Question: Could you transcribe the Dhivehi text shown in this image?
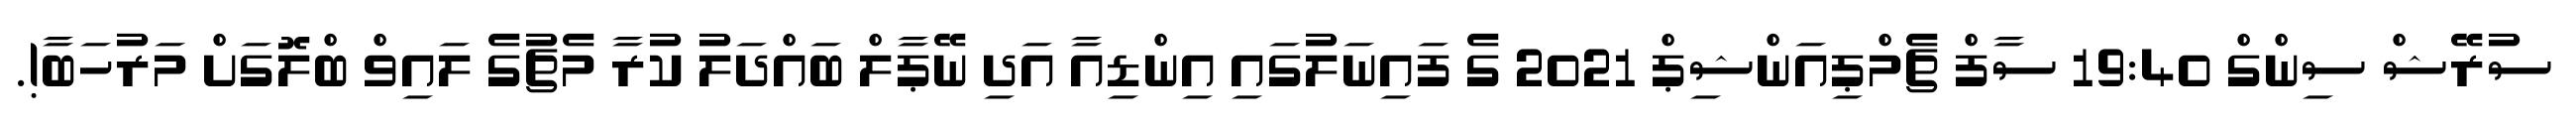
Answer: ސުރޭޝް ސިންގް 19:40 ސާފް ޗެމްޕިއަންޝިޕް 2021 ގެ ފައިނަލުގައި އިންޑިއާ އަދި ނޭޕާލް ބައްދަލު ކުރާ މެޗުގެ ލައިވް ބްލޮގަށް މަރުހަބާ!.